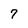
Character: 7